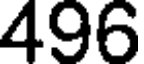
496